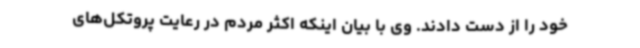
خود را از دست دادند. وی با بیان اینکه اکثر مردم در رعایت پروتکل‌های